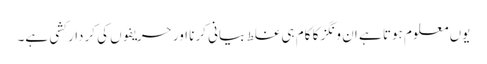
یوں معلوم ہوتا ہے ان ونگز کا کام ہی غلط بیانی کرنا اور حریفوں کی کردار کشی ہے۔